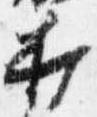
打